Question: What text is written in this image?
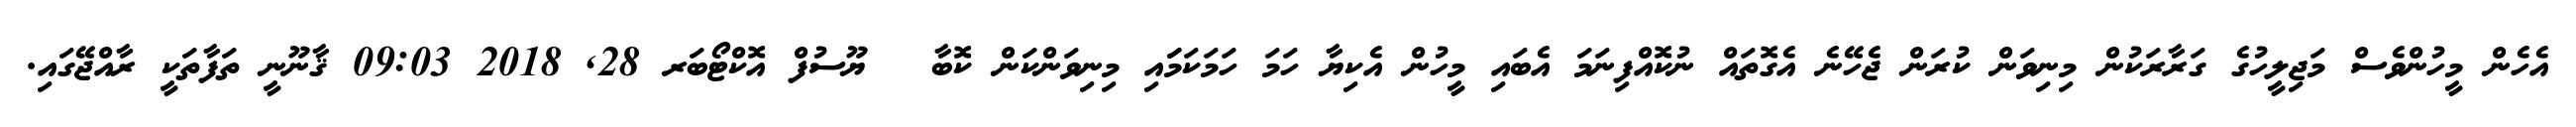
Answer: އެހެން މީހުންވެސް މަޖިލީހުގެ ގަރާރަކުން މިނިވަން ކުރަން ޖެހޭނެ އެގޮތައް ނުކޮއްފިނަމަ އެބައި މީހުން އެކިޔާ ހަމަ ހަމަކަމަައި މިނިވަންކަން ކޮބާ ? ޔޫސުފް އޮކްޓޯބަރ 28, 2018 09:03 ޤާނޫނީ ތަފާތަކީ ރާއްޖޭގައި.